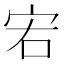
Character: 𡧣